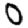
Digit: 0